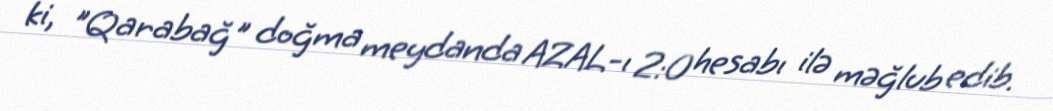
ki, "Qarabağ" doğma meydanda AZAL-ı 2:0 hesabı ilə məğlub edib.